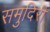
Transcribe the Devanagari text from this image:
समुदिरी